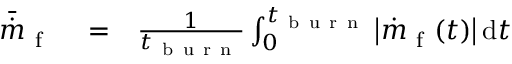
\begin{array} { r l r } { \bar { \dot { m } } _ { \mathrm { ~ f ~ } } } & { { } = } & { \frac { 1 } { t _ { \mathrm { ~ b ~ u ~ r ~ n ~ } } } \int _ { 0 } ^ { t _ { \mathrm { ~ b ~ u ~ r ~ n ~ } } } \left\vert \dot { m } _ { \mathrm { ~ f ~ } } ( t ) \right\vert \mathrm { d } t } \end{array}